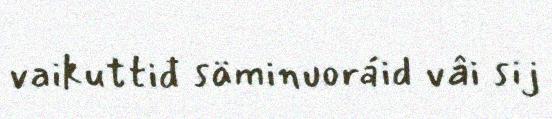
vaikuttiđ säminuoráid vâi sij